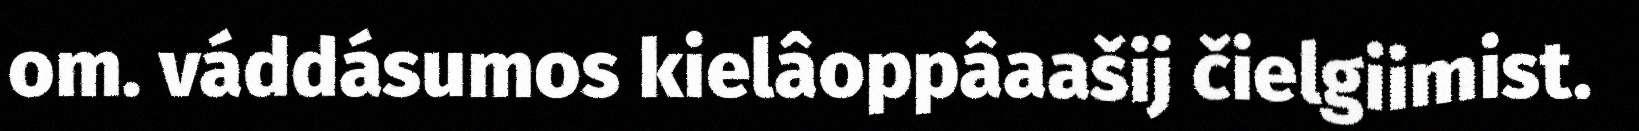
om. váddásumos kielâoppâaašij čielgiimist.